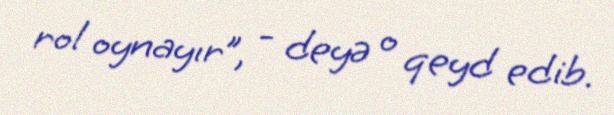
rol oynayır”, - deyə o qeyd edib.